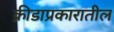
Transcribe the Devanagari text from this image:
क्रीडाप्रकारातील